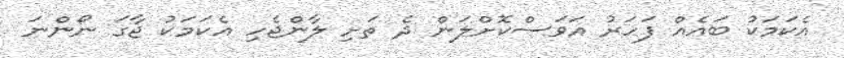
އެކަމަކު ބައެއް ފަހަރު އަވަސްކޮށްލަން ދެ ތަށި ލާންޖެހި އެކަމަކު ޖާގަ ނޯންނަ